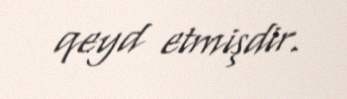
qeyd etmişdir.